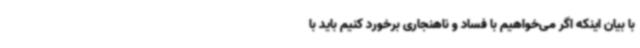
با بیان اینکه اگر می‌خواهیم با فساد و ناهنجاری برخورد کنیم باید با